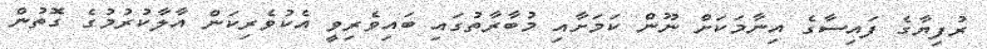
ރުފިޔާގެ ފައިސާގެ އިނާމަކަށް ނޫން ކަމަށާއި މުބާރާތުގައި ބައިވެރިވީ އެކުވެރިކަން އާލާކުރުމުގެ ގޮތުން